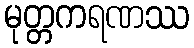
မုတ္တကရဏဿ